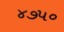
૪૭૫૦